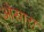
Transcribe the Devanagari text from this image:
ओसारा